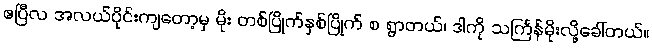
ဧပြီလ အလယ်ပိုင်းကျတော့မှ မိုး တစ်ပြိုက်နှစ်ပြိုက် စ ရွာတယ်၊ ဒါကို သင်္ကြန်မိုးလို့ခေါ်တယ်။